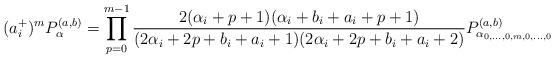
LaTeX: \begin{align*}(a^+_i)^mP^{(a,b)}_{\alpha}=\prod_{p=0}^{m-1}\frac{2(\alpha_i+p+1)(\alpha_i+b_i+a_i+p+1)}{(2\alpha_i+2p+b_i+a_i+1)(2\alpha_i+2p+b_i+a_i+2)}P^{(a,b)}_{\alpha_{0,\dots,0,m,0,\dots,0}}\\\end{align*}